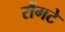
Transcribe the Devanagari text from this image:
रौंगटे